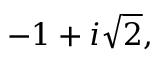
- 1 + i { \sqrt { 2 } } ,